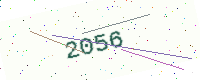
Text: 2056